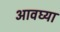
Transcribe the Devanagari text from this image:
आवघ्या